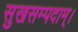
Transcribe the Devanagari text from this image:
सुखसम्पदाम्‌।